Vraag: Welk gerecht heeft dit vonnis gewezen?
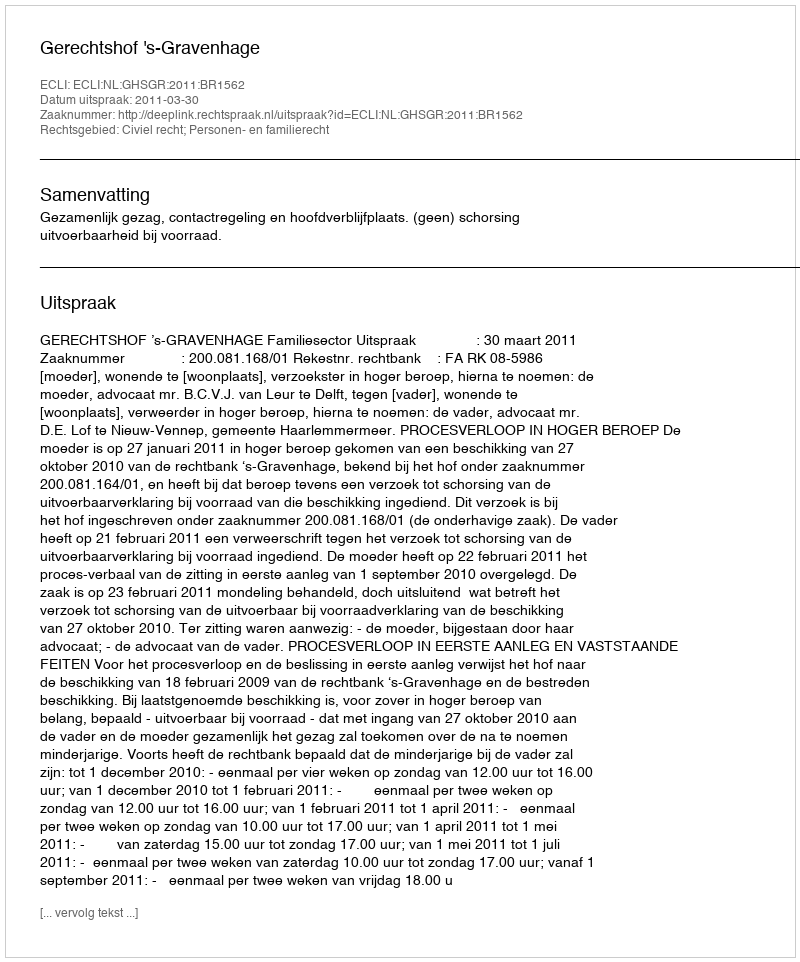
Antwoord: Gerechtshof 's-Gravenhage